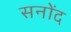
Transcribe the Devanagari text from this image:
सनोंद